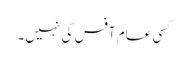
کسی عام آفس کی نہیں۔